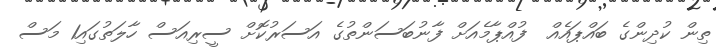
ތިން ކުދިންގެ ބައްޕައެއް  ފުއްޕާމެއަށް ފާނުބަސަންތުގެ އަސަރުކޮށް ސީރިއަސް ހާލަތުގައި1 މަސް